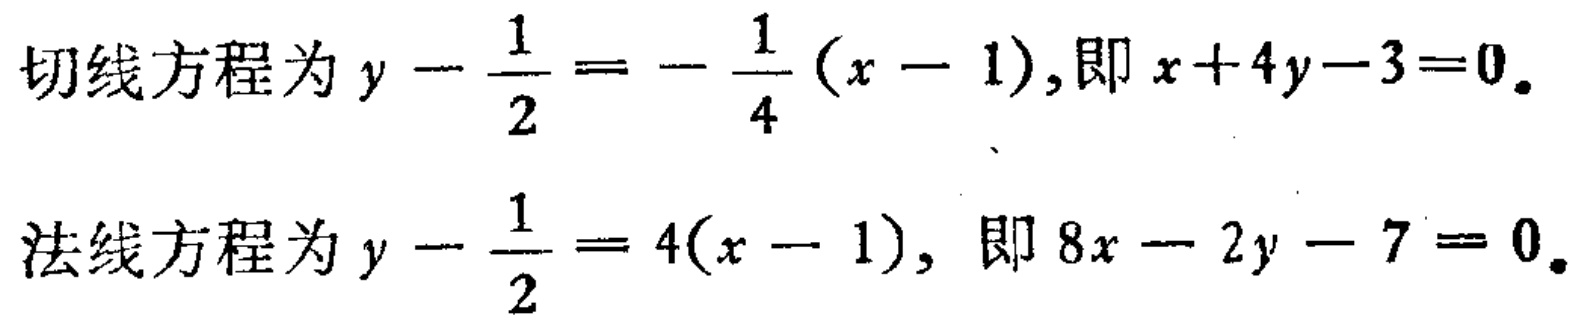
切线方程为 \(y - \frac{1}{2} = - \frac{1}{4}(x - 1)\),即 \(x + 4y - 3 = 0\).
法线方程为 \(y - \frac{1}{2} = 4(x - 1)\), 即 \(8x - 2y - 7 = 0\).